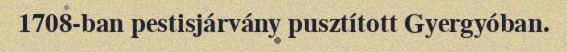
1708-ban pestisjárvány pusztított Gyergyóban.